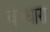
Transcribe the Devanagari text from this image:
वाग्धारा